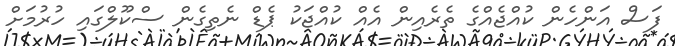
ފަސް އަންހެން ކުއްޖެއްގެ ތެރެއިން އެއް ކުއްޖަކު ޕެޑް ނެތިގެން ސްކޫލްގައި ހުރުމަށް